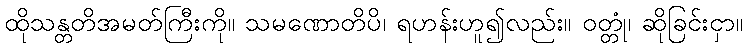
ထိုသန္တတိအမတ်ကြီးကို။ သမဏောတိပိ၊ ရဟန်းဟူ၍လည်း။ ဝတ္တုံ၊ ဆိုခြင်းငှာ။